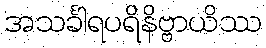
အသင်္ခါရပရိနိဗ္ဗာယိဿ